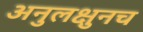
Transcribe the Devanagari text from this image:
अनुलक्षुनच